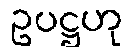
ဥပဋ္ဌဟု